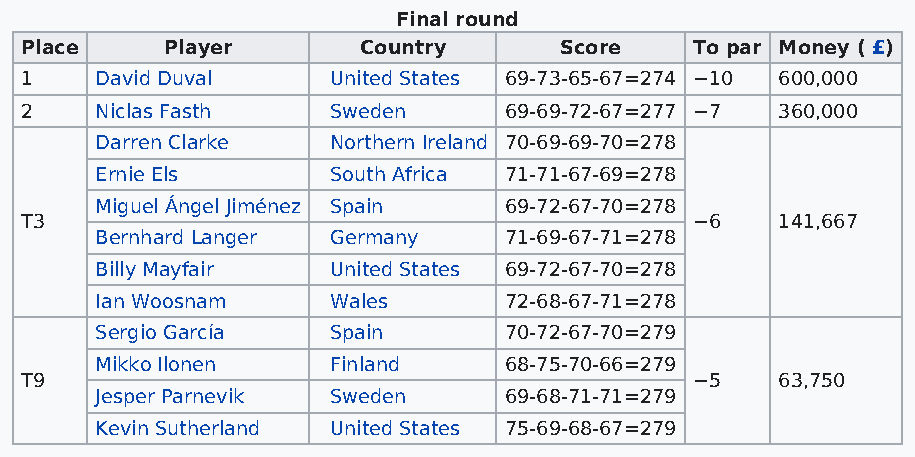
Final round
 Place     Player       Country      Score    To par Money ( £)
 1    David Duval     United States 69-73-65-67=274 −10 600,000
 2    Niclas Fasth    Sweden     69-69-72-67=277 −7 360,000
 Darren Clarke   Northern Ireland 70-69-69-70=278
 Ernie Els       South Africa 71-71-67-69=278
 Miguel Ángel Jiménez Spain 69-72-67-70=278
 T3                                           −6    141,667
 Bernhard Langer Germany    71-69-67-71=278
 Billy Mayfair   United States 69-72-67-70=278
 Ian Woosnam     Wales      72-68-67-71=278
 Sergio García   Spain      70-72-67-70=279
 Mikko Ilonen    Finland    68-75-70-66=279
 T9                                           −5    63,750
 Jesper Parnevik Sweden     69-68-71-71=279
 Kevin Sutherland United States 75-69-68-67=279